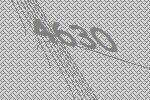
4630